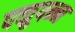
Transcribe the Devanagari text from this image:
पच्चुपन्न